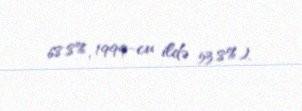
68.8%, 1999-cu ildə 53.8%).